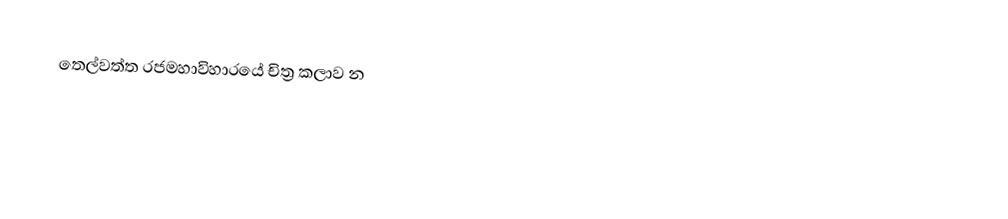
තෙල්වත්ත රජමහාවිහාරයේ චිත්‍ර කලාව න